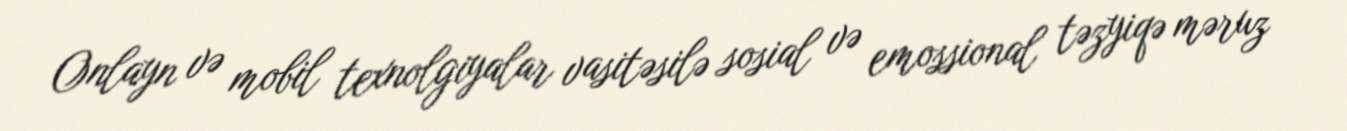
Onlayn və mobil texnolgiyalar vasitəsilə sosial və emossional təzyiqə məruz